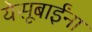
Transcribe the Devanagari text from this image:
येसूबाईंना